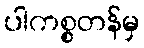
ပါကစ္စတန်မှ